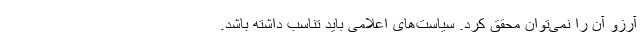
آرزو آن را نمی‌توان محقق کرد. سیاست‌های اعلامی باید تناسب داشته باشد.